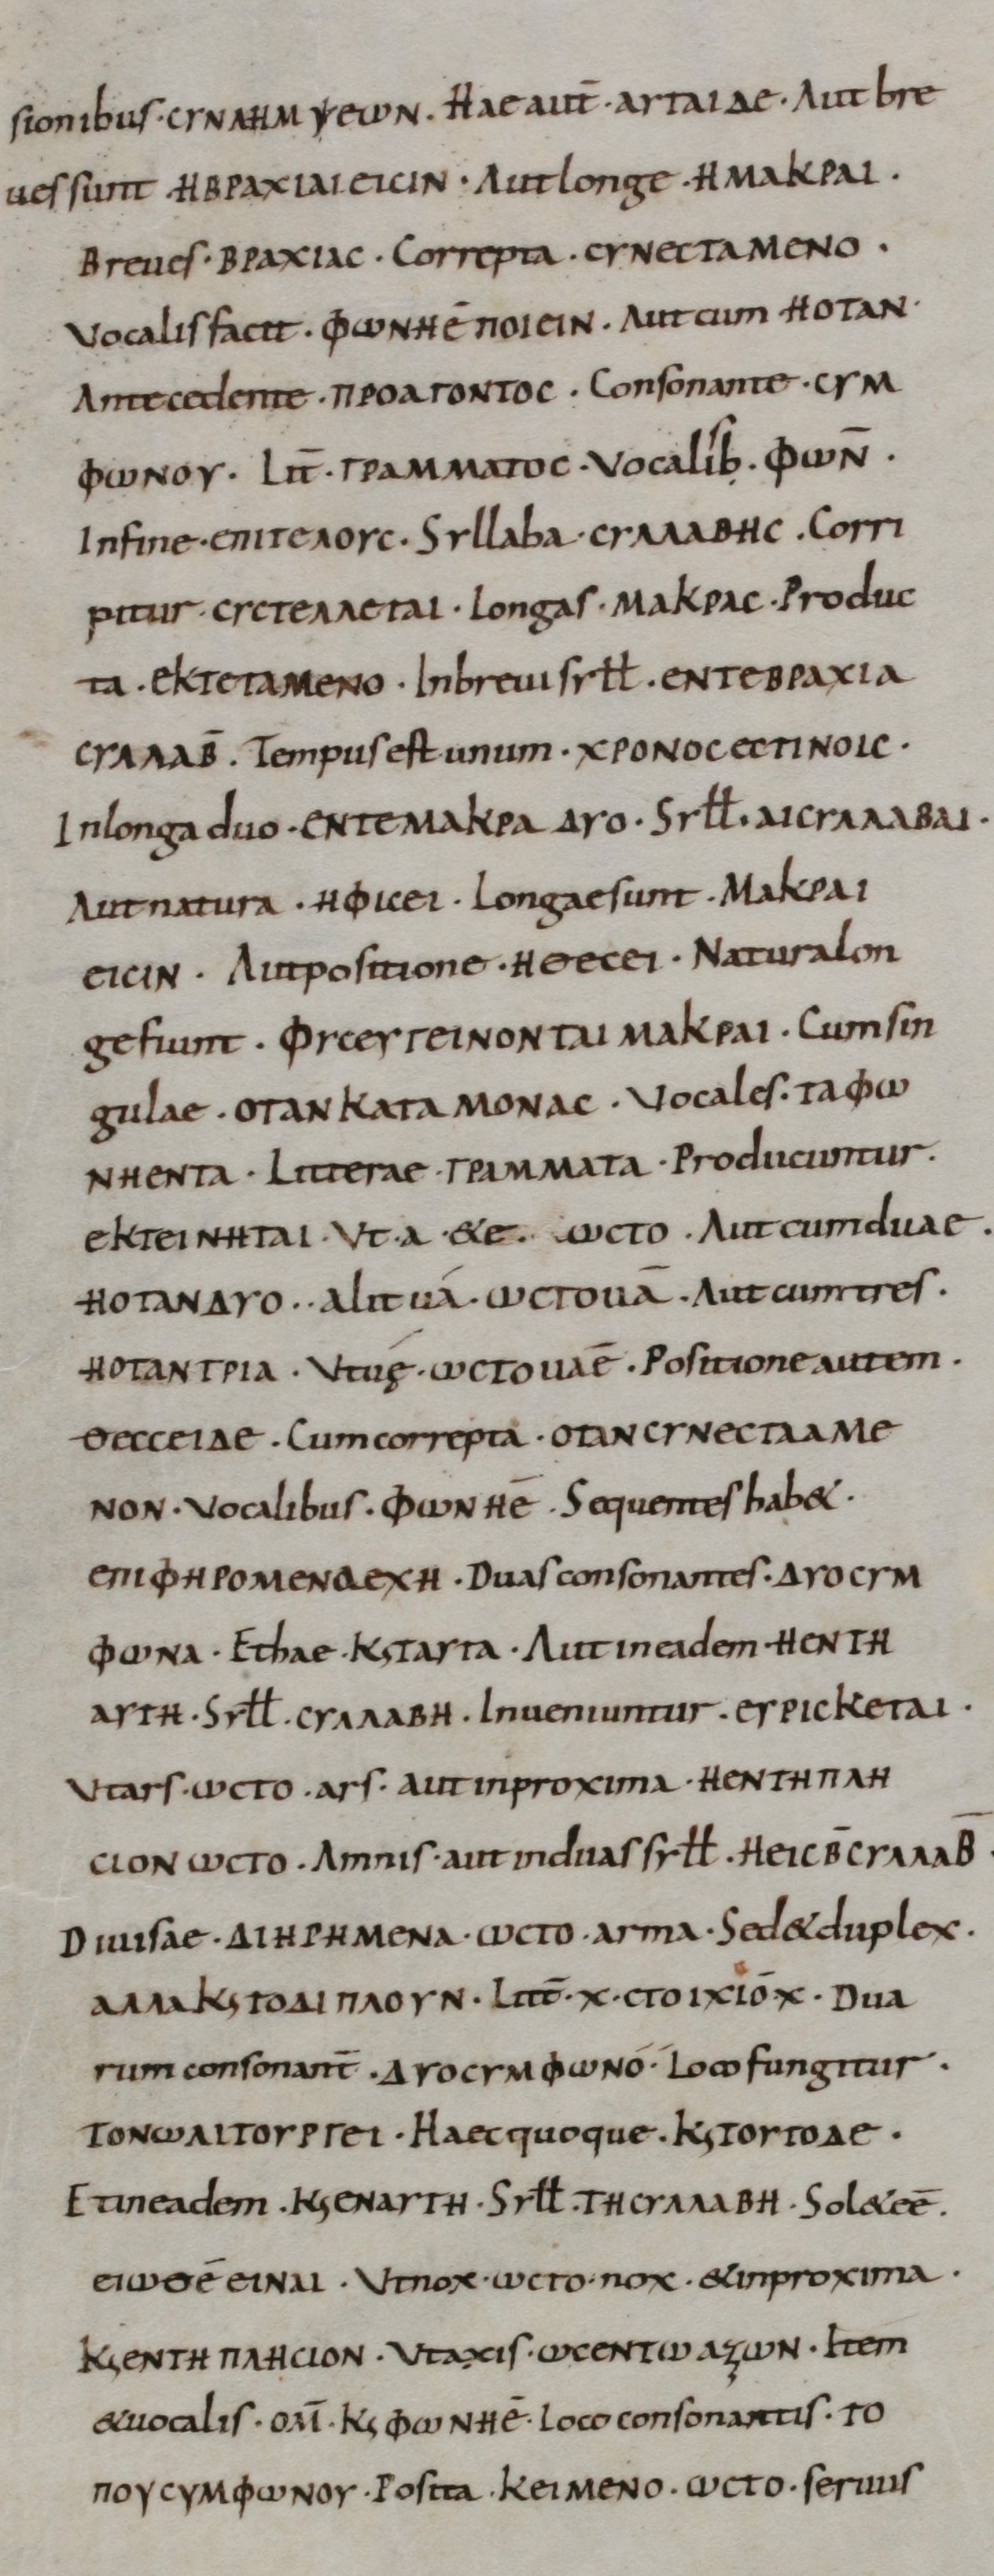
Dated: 800–899